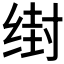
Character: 𰬭